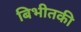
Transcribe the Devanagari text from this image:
बिभीतकी